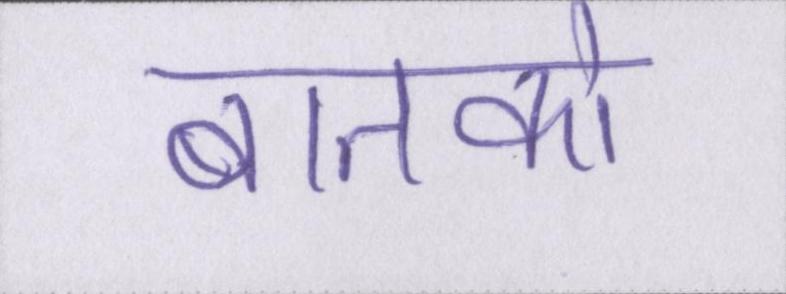
बातको